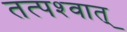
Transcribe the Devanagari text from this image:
तत्‍पश्‍वात्